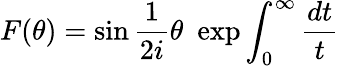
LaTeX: F(\theta)=\sin\frac{1}{2i}\theta\, \, \exp\int_{0}^{\infty}\frac{dt}{t}